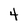
Character: 4